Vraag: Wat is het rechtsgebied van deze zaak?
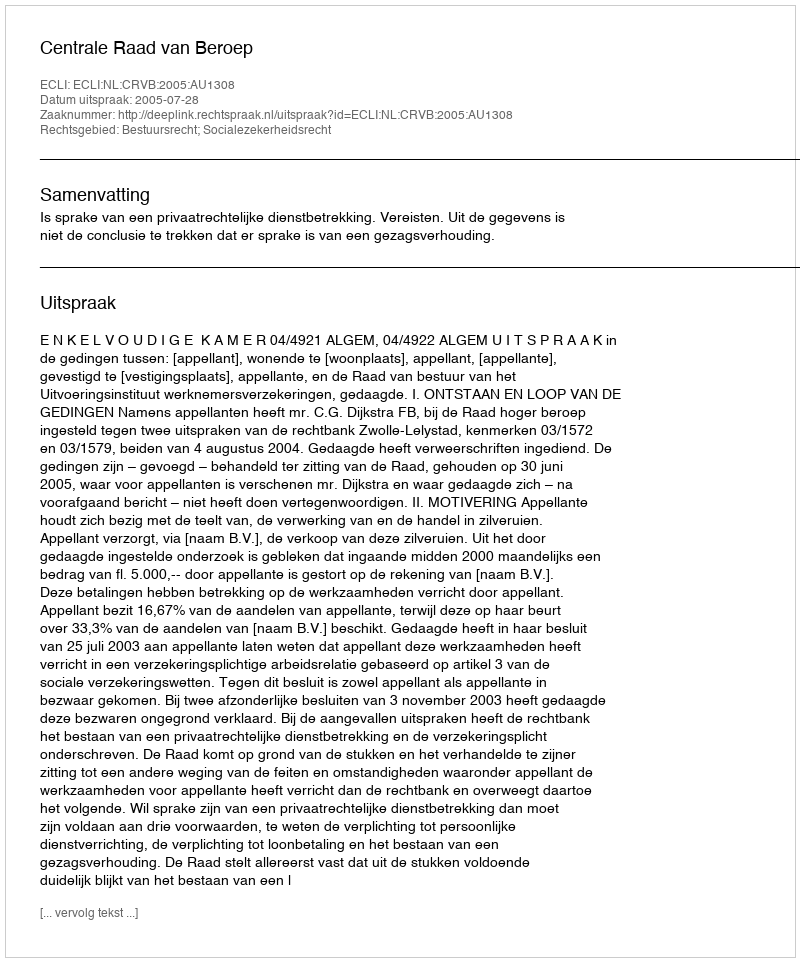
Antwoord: Bestuursrecht; Socialezekerheidsrecht